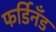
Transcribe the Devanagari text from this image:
फर्डिनँड